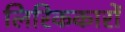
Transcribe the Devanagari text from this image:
लिरिककारों